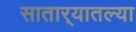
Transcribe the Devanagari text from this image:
सातार्‍यातल्या